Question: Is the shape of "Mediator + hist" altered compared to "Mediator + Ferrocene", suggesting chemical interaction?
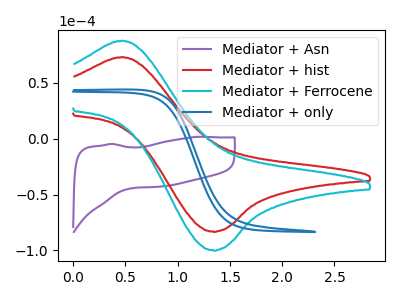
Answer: <think>The purple curve "Mediator + Asn" has no peaks. The red curve "Mediator + hist" has an anodic peak at (0.45V, 73.15uA) and a cathodic peak at (1.35V, -83.15uA). The cyan curve "Mediator + Ferrocene" has an anodic peak at (0.45V, 87.85uA) and a cathodic peak at (1.35V, -99.90uA). The blue curve "Mediator + only" has no peaks.
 All the peaks in "Mediator + hist" have a peak in "Mediator + Ferrocene" at the same potential. Every peak in "Mediator + hist" is lower than every peak in "Mediator + Ferrocene".</think>
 <answer>No, "Mediator + hist" and "Mediator + Ferrocene" don't appear to be significantly different in shape</answer>
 <eval>no_change</eval>